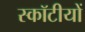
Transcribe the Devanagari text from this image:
स्कॉटीयों